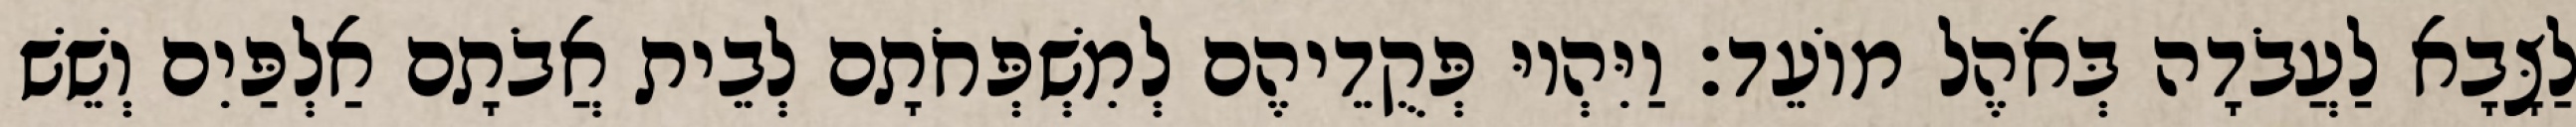
לַצָּבָא לַעֲבֹדָה בְּאֹהֶל מוֹעֵד׃ וַיִּהְיוּ פְּקֻדֵיהֶם לְמִשְׁפְּחֹתָם לְבֵית אֲבֹתָם אַלְפַּיִם וְשֵׁשׁ